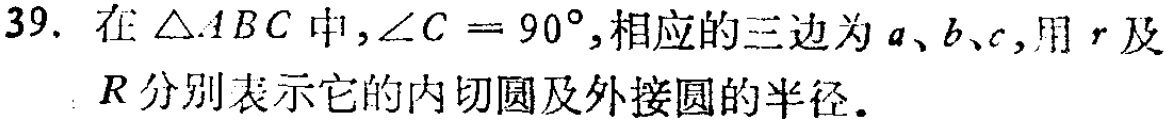
39. 在$\triangle ABC$中，$\angle C = 90^{\circ}$，相应的三边为$a、b、c$，用$r$及$R$分别表示它的内切圆及外接圆的半径。